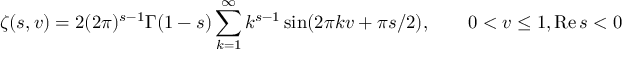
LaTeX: \zeta ( s , v ) = 2 ( 2 \pi ) ^ { s - 1 } \Gamma ( 1 - s ) \sum _ { k = 1 } ^ { \infty } k ^ { s - 1 } \sin ( 2 \pi k v + \pi s / 2 ) , \qquad 0 < v \leq 1 , \mathrm { R e } \, s < 0